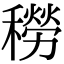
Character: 𥢒